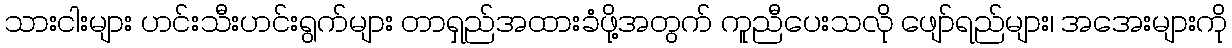
သားငါးများ ဟင်းသီးဟင်းရွက်များ တာရှည်အထားခံဖို့အတွက် ကူညီပေးသလို ဖျော်ရည်များ၊ အအေးများကို